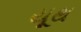
યૂથ